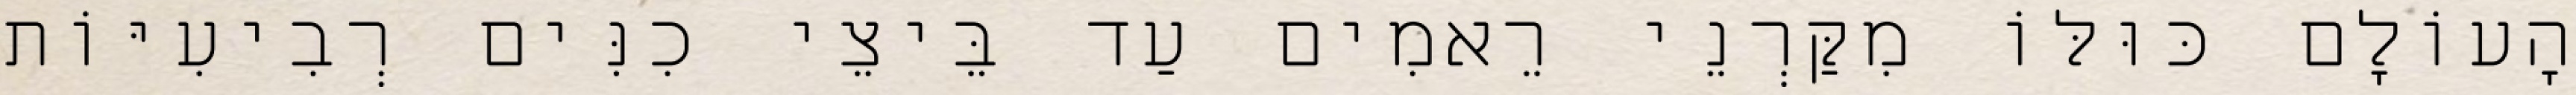
הָעוֹלָם כּוּלּוֹ מִקַּרְנֵי רֵאמִים עַד בֵּיצֵי כִנִּים רְבִיעִיּוֹת